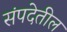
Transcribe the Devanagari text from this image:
संपदेतील